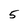
Character: 5